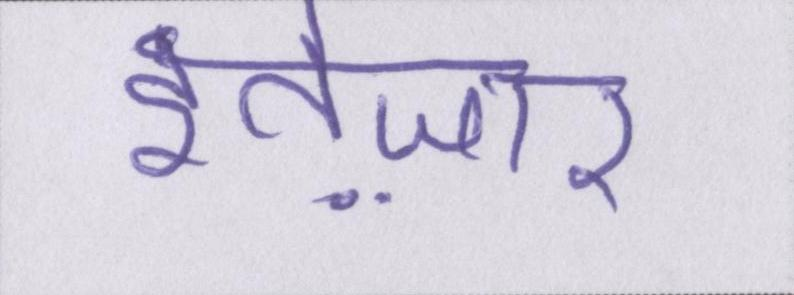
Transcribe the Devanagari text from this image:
इंतेज़ार